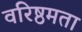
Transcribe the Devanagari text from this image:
वरिष्ठमता